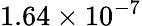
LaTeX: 1.64\times{{10}^{-7}}